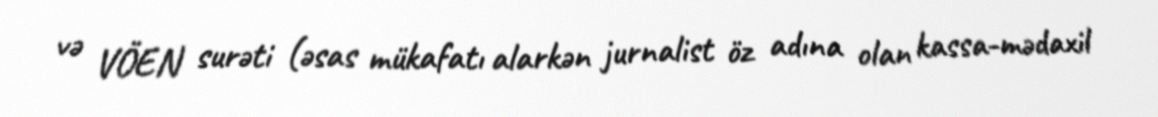
və VÖEN surəti (əsas mükafatı alarkən jurnalist öz adına olan kassa-mədaxil